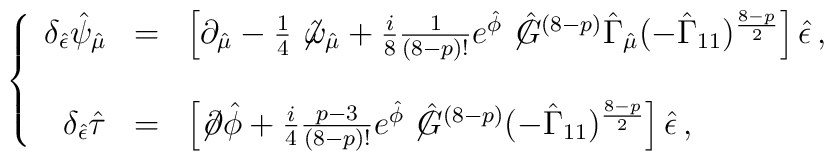
\left\{\begin{array}{rcl}\delta_{\hat{\epsilon}}\hat{\psi}_{\hat{\mu}} & = &\left[ \partial_{\hat{\mu}} -\textstyle\frac{1}{4}\not\!\hat{\omega}_{\hat{\mu}} +\textstyle\frac{i}{8}\textstyle\frac{1}{(8-p)!}e^{\hat{\phi}}\not\!\hat{G}^{(8-p)} \hat{\Gamma}_{\hat{\mu}}(-\hat{\Gamma}_{11})^{\frac{8-p}{2}}\right]\hat{\epsilon}\, ,\\& & \\\delta_{\hat{\epsilon}}\hat{\tau} & = &\left[\not\!\partial\hat{\phi} + \textstyle\frac{i}{4}\textstyle\frac{p-3}{(8-p)!}e^{\hat{\phi}}\not\!\hat{G}^{(8-p)}(-\hat{\Gamma}_{11})^{\frac{8-p}{2}}\right]\hat{\epsilon}\, ,\\\end{array}\right.